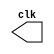
// -------------------------
// Exemplo00041
// Nome: Samuel Eusbio da Silva
// ------------------------- 

// --------------------------- 
// -- test clock generator (1) 
// --------------------------- 

module clock ( clk ); 
output clk; 
reg clk; 
initial begin 
clk = 1'b0; 
end 

always begin 
#12 clk = ~clk; 
end 

endmodule // clock ( ) 


module Exemplo0041; 
wire clk; 
clock CLK1 ( clk );
 
initial begin

$display("Exemplo0041 - Samuel Eusbio da Silva - 435055");
$dumpfile ( "Exemplo0041.vcd" ); 
$monitor($time, clk);
$dumpvars(0); 
#120 $finish; 
end 
endmodule // Exemplo0041 ( )